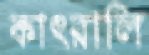
কাৎরালি